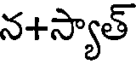
న+స్యాత్